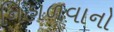
નિહાળવાનો